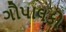
ગૌપાલકો